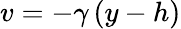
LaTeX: v=-\gamma\, (y-h)